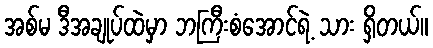
အစ်မ ဒီအချုပ်ထဲမှာ ဘကြီးစံအောင်ရဲ့ သား ရှိတယ်။